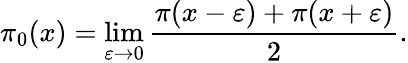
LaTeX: \pi_{0}(x)=\operatorname*{lim}_{\varepsilon\rightarrow 0}{\frac{\pi(x-\varepsilon)+\pi(x+\varepsilon)}{2}}.